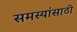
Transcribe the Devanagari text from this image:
समस्यांसाठी